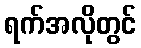
ရက်အလိုတွင်